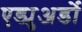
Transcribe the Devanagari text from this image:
एड्युअर्डो